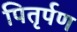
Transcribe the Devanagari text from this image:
पितृर्पण